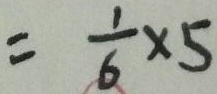
= \frac { 1 } { 6 } \times 5